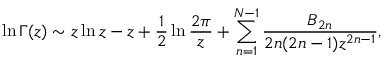
\ln \Gamma ( z ) \sim z \ln z - z + { \frac { 1 } { 2 } } \ln { \frac { 2 \pi } { z } } + \sum _ { n = 1 } ^ { N - 1 } { \frac { B _ { 2 n } } { 2 n ( 2 n - 1 ) z ^ { 2 n - 1 } } } ,